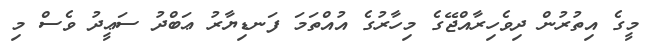
މީގެ އިތުރުން ދިވެހިރާއްޖޭގެ މިހާރުގެ އުއްތަމަ ފަނޑިޔާރު ޢަބްދު ސަޢީދު ވެސް މި